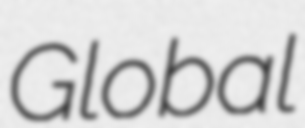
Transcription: Global